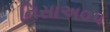
નિસાઅ૦૫